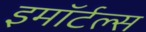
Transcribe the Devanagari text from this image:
इमॉर्टल्स